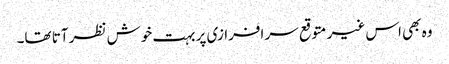
وہ بھی اس غیر متوقع سر افرازی پر بہت خوش نظر آتا تھا۔